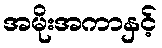
အမိုးအကာနှင့်